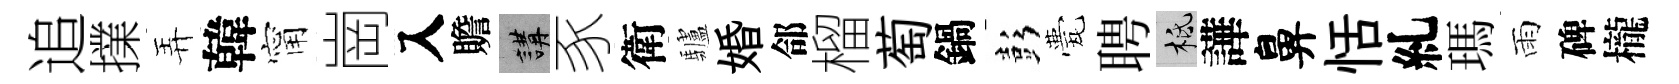
追擈弄韓甯崗入贍講豕衛驢婚郃榴萄鍋彭甍聘柢譁鼻恬糺瑪雨碑櫳